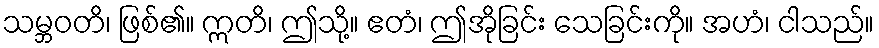
သမ္ဘဝတိ၊ ဖြစ်၏။ ဣတိ၊ ဤသို့။ ဧတံ၊ ဤအိုခြင်း သေခြင်းကို။ အဟံ၊ ငါသည်။